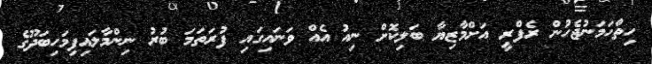
ހިތްހަމަނުޖެހުން ރެފްރީ އަށްމާޒިޔާ ބަލިކޮށް ނިއު އެއް ވަނައިގައި ފުރަތަމަ ބުރު ނިންމާލައިފިމަހިބަދޫގެ